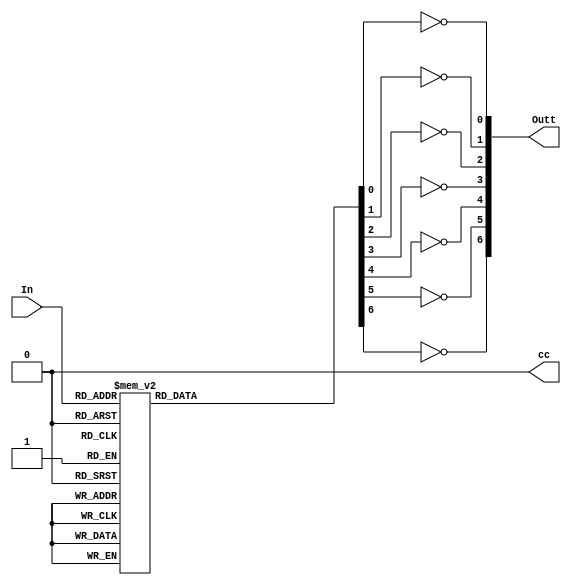
`timescale 1ns / 1ps
//////////////////////////////////////////////////////////////////////////////////
// Company: 
// Engineer: 
// 
// Design Name: 
// Module Name: SSD_driver
// Project Name: 
// Target Devices: 
// Tool Versions: 
// Description: 
// 
// Dependencies: 
// 
// Revision:
// Revision 0.01 - File Created
// Additional Comments:
// 
//////////////////////////////////////////////////////////////////////////////////


module SSD_driver(In, cc,Outt);

input wire [3:0] In;
output  [6:0] Outt;
output reg  cc;
reg [6:0] Out;
//Logic Description
always@(*)
begin
cc = 1'b0;

    case(In)
        4'b0000 : Out = 7'b0111111;     // 0
        4'b0001 : Out = 7'b0000110;     // 1
        4'b0010 : Out = 7'b1011011;     // 2
        4'b0011 : Out = 7'b1001111;     // 3
        4'b0100 : Out = 7'b1100110;     // 4
        4'b0101 : Out = 7'b1101101;     // 5
        4'b0110 : Out = 7'b1111101;     // 6 
        4'b0111 : Out = 7'b0000111;     // 7
        4'b1000 : Out = 7'b1111111;     // 8
        4'b1001 : Out = 7'b1101111;     // 9
        default : Out = 7'bzzzzzzz;     // 
    endcase

end
assign Outt = {~Out[6], ~Out[5], ~Out[4], ~Out[3], ~Out[2], ~Out[1], ~Out[0]};

endmodule